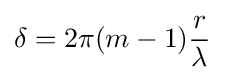
\delta =2\pi (m-1){\frac {r}{\lambda }}